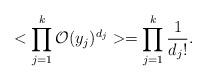
LaTeX: \begin{align*}<\prod_{j=1}^{k}{\cal O}(y_{j})^{d_{j}}>=\prod_{j=1}^{k}{\frac{1}{d_{j}!}}.\end{align*}